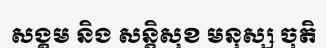
សង្គម និង សន្តិសុខ មនុស្ស ចុតិ